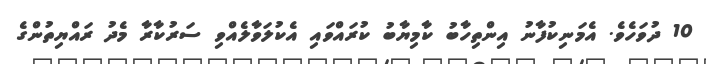
10 ދުވަހެވެ. އެމަނިކުފާނު އިންތިހާބު ކާމިޔާބު ކުރައްވައި އެކުލަވާލެއްވި ސަރުކާރާ މެދު ރައްޔިތުންގެ